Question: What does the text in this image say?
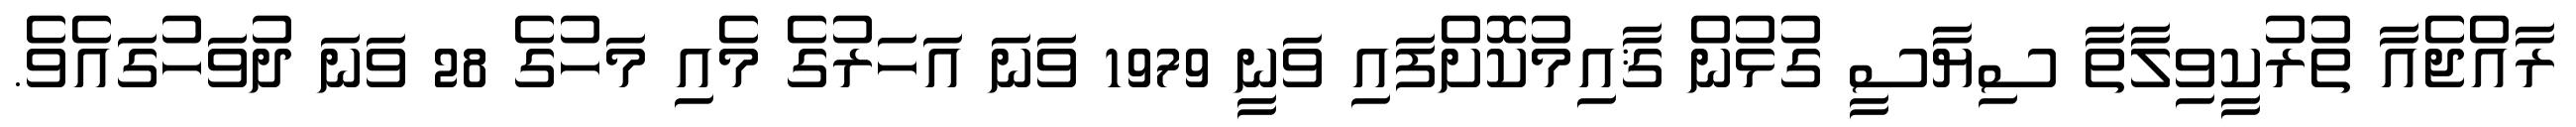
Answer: ރާއްޖެއާ ތުރުކީވިލާތާ ސިޔާސީ ގުޅުން ޤާއިމުކޮށްފައި ވަނީ 1979 ވަނަ އަހަރުގެ މެއި މަހުގެ 28 ވަނަ ދުވަހުގައެވެ.